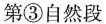
第③自然段